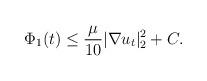
LaTeX: \begin{align*}\Phi_1(t)\leq \frac{\mu}{10} |\nabla u_t|^2_2+C.\end{align*}